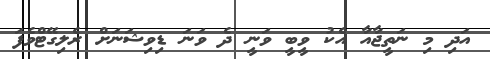
އަދި މި ނަތީޖާއާ އެކު ވީބީ ވަނީ ދެ ވަނަ ޑިވިޝަނަށް ރެލިގޭޓްވެފަ